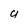
Character: U